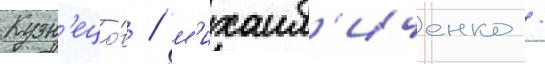
Кузн'ецо́в / м'ихаил'иченко /